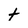
Character: t